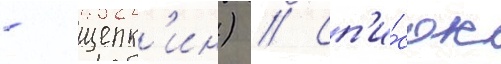
- щепк'ин) // Сп'и́сок